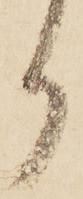
り